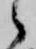
候